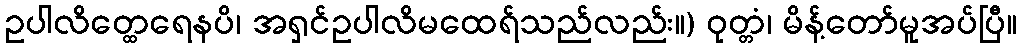
ဥပါလိတ္ထေရေနပိ၊ အရှင်ဥပါလိမထေရ်သည်လည်း။) ဝုတ္တံ၊ မိန့်တော်မူအပ်ပြီ။